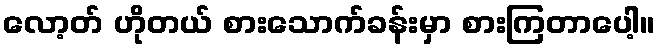
လော့တ် ဟိုတယ် စားသောက်ခန်းမှာ စားကြတာပေါ့။